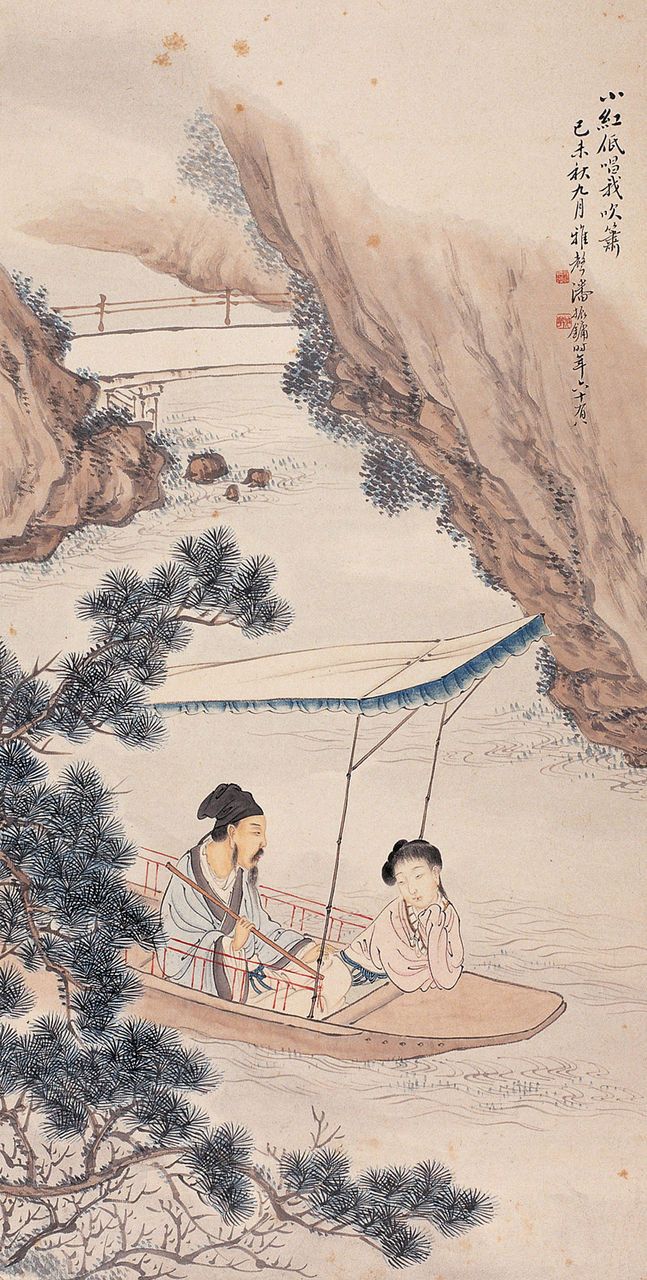
曲终过尽松陵路，回首烟波十四桥。